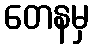
တေနမှ